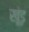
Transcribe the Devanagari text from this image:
खूंड़